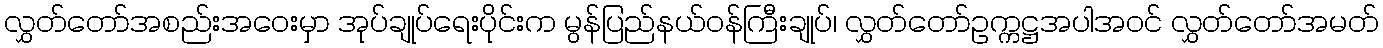
လွှတ်တော်အစည်းအဝေးမှာ အုပ်ချုပ်ရေးပိုင်းက မွန်ပြည်နယ်ဝန်ကြီးချုပ်၊ လွှတ်တော်ဥက္ကဋ္ဌအပါအဝင် လွှတ်တော်အမတ်